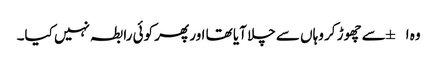
وہ ا±سے چھوڑ کر وہاں سے چلا آیا تھا اور پھر کوئی رابطہ نہیں کیا۔